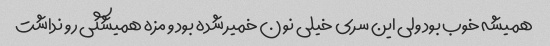
همیشه خوب بود ولی این سری خیلی نون خمیر شده بود و مزه همیشگی رو نداشت